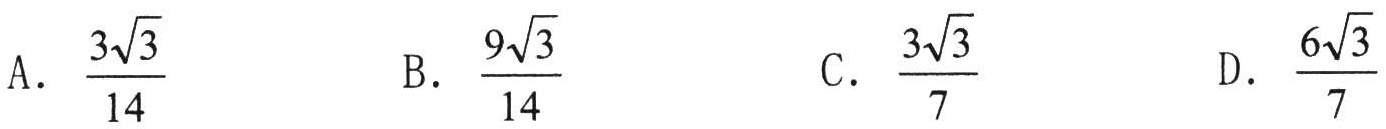
A. \(\frac{3\sqrt{3}}{14}\)  B. \(\frac{9\sqrt{3}}{14}\)  C. \(\frac{3\sqrt{3}}{7}\)  D. \(\frac{6\sqrt{3}}{7}\)